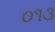
૦૧૩